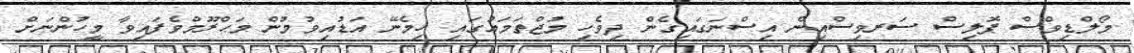
މޯލްޑިވްސް ޕޮލިސް ސަރވިސްއިން އިސްނަގައިގެން ދިވެހި މުޖްތަމަޢުގައި ހިމެނޭ އަޑުއިވުމުން މަޙްރޫމްވެފައިވާ މީހުންނަށް